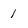
Character: 1